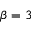
\beta = 3